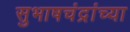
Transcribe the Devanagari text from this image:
सुभाषचंद्रांच्या